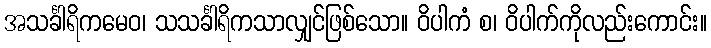
အသင်္ခါရိကမေဝ၊ သသင်္ခါရိကသာလျှင်ဖြစ်သော။ ဝိပါကံ စ၊ ဝိပါက်ကိုလည်းကောင်း။